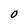
Character: 0